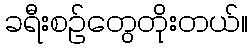
ခရီးစဉ်တွေတိုးတယ်။